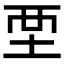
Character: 𡊹